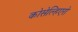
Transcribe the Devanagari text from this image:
कोसेल्हिएरो